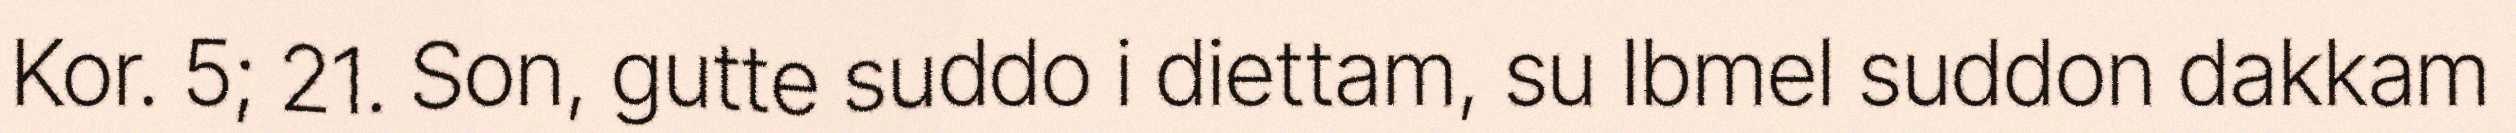
Kor. 5; 21. Son, gutte suddo i diettam, su Ibmel suddon dakkam